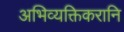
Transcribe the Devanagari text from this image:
अभिव्यक्तिकरानि